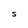
Character: S